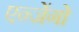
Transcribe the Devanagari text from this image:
एन्जेंगो